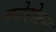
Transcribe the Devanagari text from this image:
कोरोटन